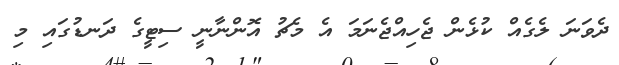
ދެވަނަ ލެގެއް ކުޅެން ޖެހިއްޖެނަމަ އެ މެޗު އޮންނާނީ ސިޓީގެ ދަނޑުގައި މި